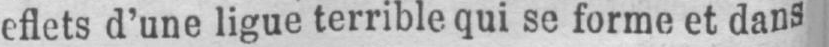
eflets d’une ligue terrible qui se forme et dans